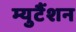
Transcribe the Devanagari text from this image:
म्युटैंशन